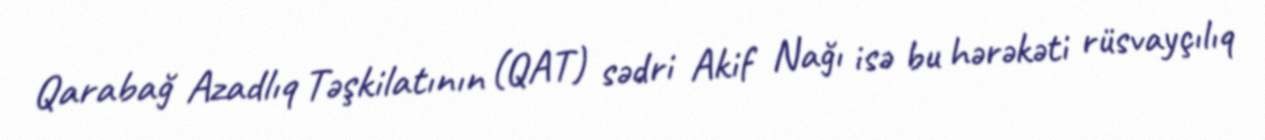
Qarabağ Azadlıq Təşkilatının (QAT) sədri Akif Nağı isə bu hərəkəti rüsvayçılıq